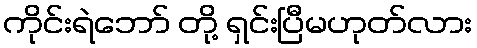
ကိုင်းရဲဘော် တို့ ရှင်းပြီမဟုတ်လား